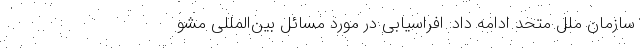
سازمان ملل متحد ادامه داد: افراسیابی در مورد مسائل بین‌المللی مشو